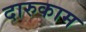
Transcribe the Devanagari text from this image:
दारुकाम